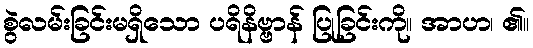
စွဲလမ်းခြင်းမရှိသော ပရိနိဗ္ဗာန် ပြုခြင်းကို။ အာဟ၊ ၏။